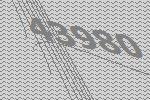
43980